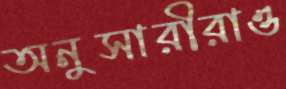
অনুসারীরাও